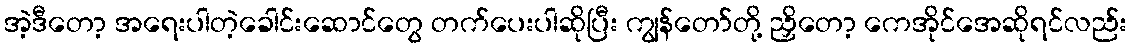
အဲ့ဒီတော့ အရေးပါတဲ့ခေါင်းဆောင်တွေ တက်ပေးပါဆိုပြီး ကျွန်တော်တို့ ညှိတော့ ကေအိုင်အေဆိုရင်လည်း